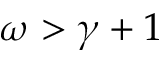
\omega > \gamma + 1